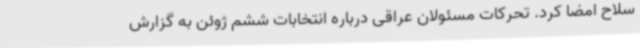
سلاح امضا کرد. تحرکات مسئولان عراقی درباره انتخابات ششم ژوئن به گزارش